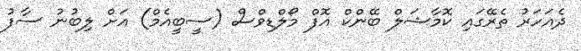
ދެއަހަރު ތެރޭގައި ކޮމާޝަލް ބޭންކް އޮފް މޯލްޑިވްސް (ސީބީއެމް) އަށް ލިބުނު ސާފު